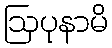
ဩပုနာမိ